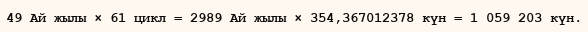
49 Ай жылы × 61 цикл = 2989 Ай жылы × 354,367012378 күн = 1 059 203 күн.